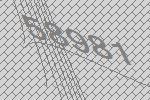
58981